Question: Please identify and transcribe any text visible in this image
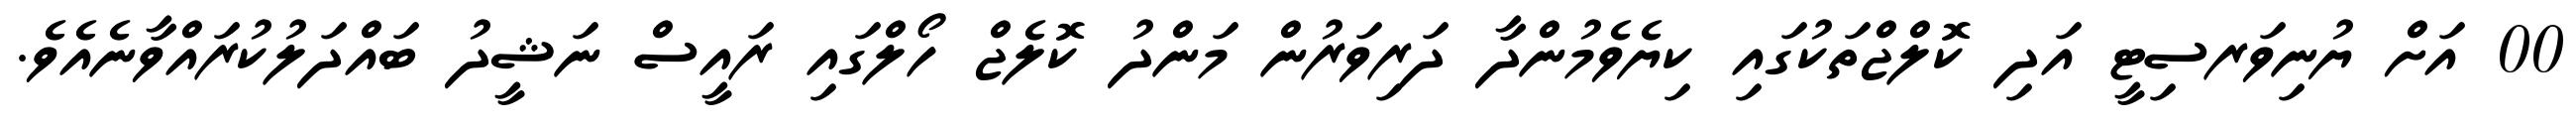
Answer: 00 އަށް ޔުނިވަރސިޓީ އަދި ކޮލްޖްތަކުގައި ކިޔެވެމުންދާ ދަރިވަރުން މަންދު ކޮލެޖް ހޯލްގައި ރައީސް ނަޝީދު ބައްދަލުކުރައްވާނެއެވެ.